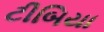
ટીબિયા